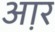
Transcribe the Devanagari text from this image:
आ़र